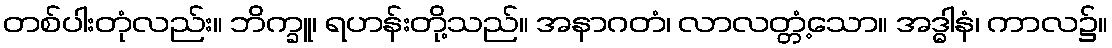
တစ်ပါးတုံလည်း။ ဘိက္ခူ၊ ရဟန်းတို့သည်။ အနာဂတံ၊ လာလတ္တံ့သော။ အဒ္ဓါနံ၊ ကာလ၌။